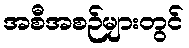
အစီအစဉ်များတွင်